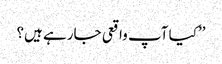
’’کیا آپ واقعی جارہے ہیں؟